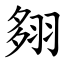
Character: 翗